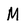
Character: M